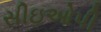
સીઇઓપી